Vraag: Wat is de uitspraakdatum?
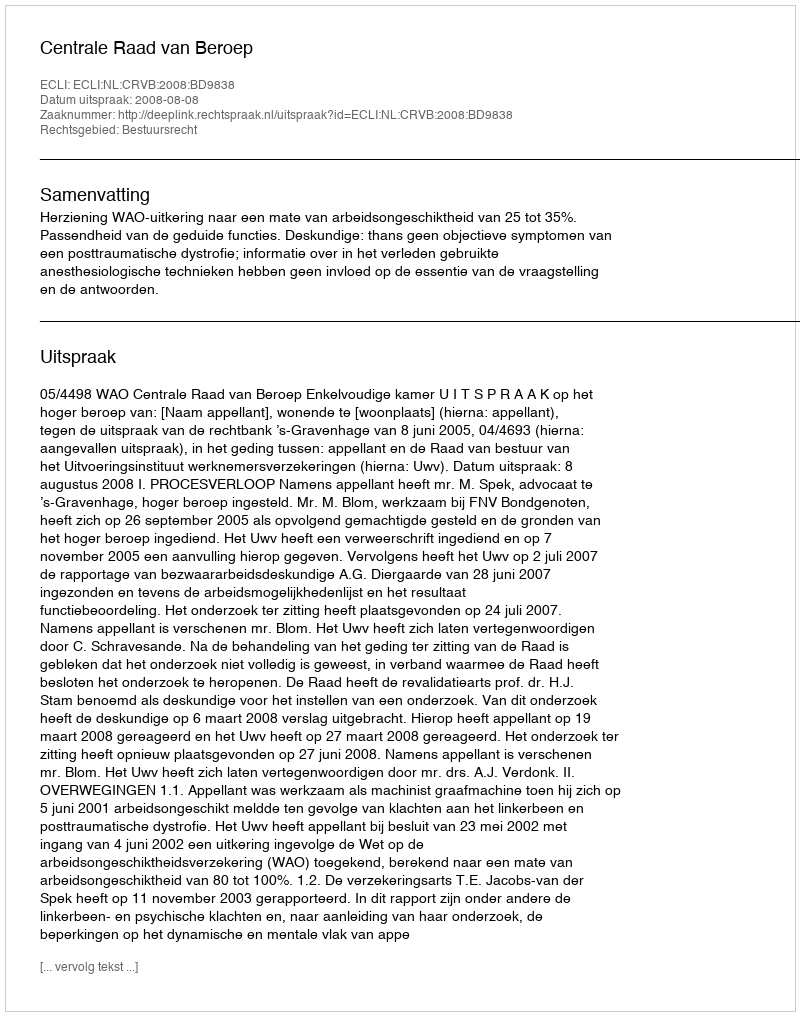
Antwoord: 2008-08-08